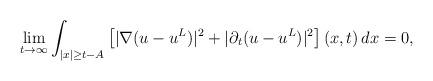
LaTeX: \begin{align*}\lim_{t\to\infty}\int_{|x|\ge t-A} \left[|\nabla (u-u^L)|^2+|\partial_t(u-u^L)|^2\right](x,t)\,dx=0,\end{align*}